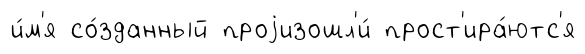
и́м'я со́зданный проjизошл'и́ прост'ира́ютс'я